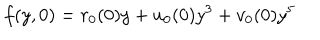
f ( y , 0 ) = r _ { 0 } ( 0 ) y + u _ { 0 } ( 0 ) y ^ { 3 } + v _ { 0 } ( 0 ) y ^ { 5 }